Report on sanitation, dispensaries, and jails in Rajputana for 1912, and on vaccination for the year 1912-1913 - 1912-1913
Year: 1912
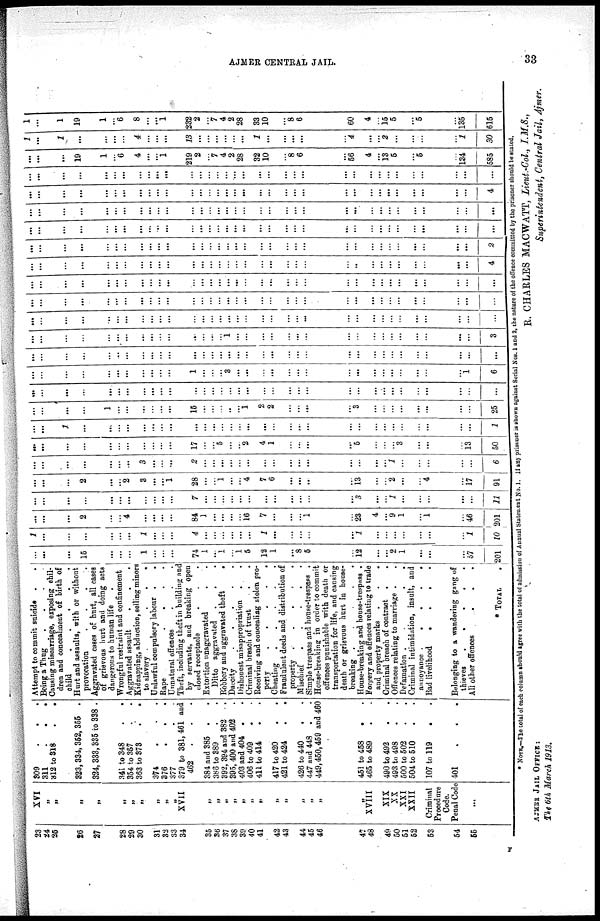
AJMER CENTRAL JAIL.
33
23
24
25
26
27
28
29
30
31
32
33
34
35
36
37
38
39
40
41
42
43
44
45
46
47
48
49
50
51
52
53
54
55
XVI „
„
„
„
„
„
„
„
„
„
XVII
„
„
„
„
„
„
„
„
„
„
„
„
„
XVIII
XIX
XX
XXI
XXII
Criminal
Procedure
Code.
Penal Code
...
309
.
.
.
311
.
.
.
312 to 318
.
.
323,334, 352, 355 .
324, 333,335 to 338 .
341 to 348 . .
354 to 357 . .
363 to 373 . .
374
.
. .
376
.
.
.
377 . .
379 to 381, 461 and
462
.
. .
384 and 385 . .
386 to 389 . .
392, 394 and 382 .
395, 400 and 402 .
403 and 404 . .
406 to 409 . .
411 to 414 . .
417 to 420 . .
421 to 424 . .
426 to 440 . .
447 and 448 . .
449,450,459 and 460
451 to 458 . .
465 to 489 . .
490 to 492 . .
493 to 498 . .
500 to 502 . .
504 to 510 . .
107 to 119 . .
401
.
.
Attempt to commit suicide .
.
Being a Thug
Causing miscarriage, exposing chil-
dren and concealment of birth of
child
.
.
.
.
.
Hurt and assaults, with or without
provocation
.
.
.
.
Aggravated cases of hurt, all cases
of grievous hurt and doing acts
dangerous to human life.
Wrongful restraint and confinement
Aggravated assault
. . .
Kidnapping, abduction, selling minors
to slavery
.
.
.
Unlawful compulsory labour .
.
Rape
.
.
.
.
Unnatural offences . . .
Theft, including theft in building and
by servants, and breaking open
closed receptacle . . .
Extortion unaggravated . .
Ditto aggravated .
. .
Robbery and aggravated theft
.
Dacoity
.
.
.
.
.
Dishonest misappropriation . .
Criminal breach of trust . .
Receiving and concealing stolen pro-
perty
.
.
.
.
.
Cheating
.
.
.
.
.
Fraudulent deeds and distribution of
property .
.
.
.
.
Mischief
.
.
.
.
.
Simple trespass and house-trespass .
House-breaking in order to commit
offences punishable with death or
transportation for life, and causing
death or grievous hurt in house¬
breaking . . . . .
House-breaking and house-trespass .
Forgery and offences relating to trade
and property marks .
.
.
Criminal breach of contract . .
Offences relating to marriage . .
Defamation .
.
. .
Criminal intimidation, insult, and
annoyance .
.
.
.
.
Bad livelihood
.
.
.
.
Belonging to a wandering gang of
thieves
.
.
.
.
.
All other offences
. . .
* TOTAL
.
...
...
...
15
...
...
...
1
...
...
...
74
1
...
1
...
1 5
12
1
...
8
5
...
12
...
...
2
1
...
...
...
57
201
1
...
...
...
...
...
...
1
...
...
...
4
...
...
...
...
...
...
1
...
...
...
...
...
1
...
...
...
...
...
...
...
1
10
...
...
...
2
...
...
4
...
...
...
...
84
1
...
...
...
...
16
7
...
...
...
1
...
23
4
...
9
1
...
1
...
46
201
...
...
...
...
...
...
...
...
...
...
...
7
...
...
...
...
...
...
...
...
...
...
...
...
3
...
...
1
...
...
...
...
...
11
...
...
...
2
...
...
2
3
...
...
1
28
...
...
1
...
...
4
7
6
...
...
...
...
13
...
...
2
...
...
4
...
17
91
...
...
...
...
...
...
...
3
...
...
...
2
...
...
...
...
...
...
...
...
...
...
...
...
...
...
...
1
...
...
...
...
...
6
...
...
...
...
...
...
...
...
...
...
17
...
...
5
...
...
2
4
1
...
...
...
...
5
...
...
...
3
...
...
...
13
50
...
...
...
...
...
...
...
...
...
...
...
...
...
...
...
...
...
...
...
...
...
...
...
...
...
...
...
...
...
...
...
...
...
1
...
...
...
...
1
...
...
...
...
...
...
15
...
...
...
...
...
1
2
2
...
...
...
...
3
...
...
...
...
...
...
...
...
25
...
...
...
...
...
...
...
...
...
...
...
...
...
...
...
...
...
...
...
...
...
...
...
...
...
...
...
...
...
...
...
...
...
...
...
...
...
...
...
...
...
...
...
...
1
...
...
...
3
...
...
...
...
...
...
...
...
...
...
...
...
...
...
...
...
1
6
...
...
...
...
...
...
...
...
...
...
...
...
...
...
...
...
...
...
...
...
...
...
...
...
...
...
...
...
...
......
...
...
...
...
...
...
...
...
...
...
...
...
...
...
...
...
...
...
...
1
...
...
...
...
...
...
...
...
...
...
...
...
...
...
...
...
...
3
...
...
...
...
...
...
...
...
...
...
...
...
...
...
...
...
...
...
...
...
...
...
...
...
...
...
...
...
...
...
...
...
...
...
...
...
...
...
...
...
...
...
...
...
...
...
...
...
...
...
...
...
...
...
...
...
...
...
...
...
...
...
...
...
...
...
...
...
...
...
...
...
...
...
...
...
...
...
...
...
...
...
...
...
...
...
...
...
...
...
...
...
...
...
...
...
...
...
...
...
...
...
...
...
...
...
...
...
...
...
...
...
...
...
...
...
...
...
...
...
...
...
...
...
...
...
..
...
...
...
...
...
...
...
...
4
...
...
...
...
...
...
...
...
...
...
...
...
...
...
...
...
...
...
...
...
...
...
...
...
...
...
...
...
...
...
...
...
...
2
...
...
...
...
...
...
...
...
...
...
...
...
...
...
...
...
...
...
...
...
...
...
...
...
...
...
...
...
...
...
...
...
...
...
...
...
...
...
...
...
...
...
...
...
...
...
...
...
...
...
...
...
...
...
...
...
...
...
...
...
...
...
...
...
...
...
...
...
...
...
...
...
...
...
...
...
...
...
...
...
...
...
...
...
...
...
...
...
...
. ..
...
...
...
...
...
...
...
...
...
...
...
4
...
...
...
...
...
...
...
...
...
...
...
...
...
...
...
...
...
...
...
...
...
...
...
...
...
...
...
...
...
...
...
...
...
...
...
...
...
19
1
...
6
4
...
...
1
219
2
...
7
4
2
28
32
10
...
8 6
...
56
4
...
13
5
...
5
...
134
585
1
...
1
...
...
...
...
4
...
...
...
13
...
...
...
...
...
...
1
...
...
...
...
...
4
...
...
2
...
...
...
...
1
30
1
...
1
19
1
...
6
8
...
...
1
232
2
...
7
4
2
28
33
10
...
8
6
...
60
4
...
15
5
...
5
...
135
615
* NOTE.—The total of each column should agree with the total of admission of Annual Statement No. 1. If any prisoner is shown against Serial Nos. 1 and 2, the nature of the offence committed by the prisoner should be stated.
R. CHARLES MACWATT, Lieut-Col., I.M.S.,
Superintendent, Central Jail, Ajmer.
AJMER JAIL OFFICE :
The 6th March 1913.